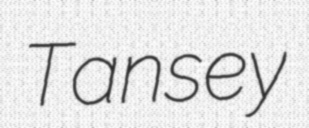
Tansey